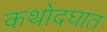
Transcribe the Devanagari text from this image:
कथोदघात